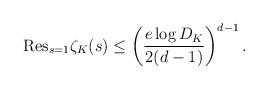
LaTeX: \begin{align*} \mathrm{Res}_{s = 1} \zeta_K(s) \leq \left( \frac{e \log D_K}{2(d-1)} \right)^{d-1}.\end{align*}